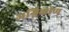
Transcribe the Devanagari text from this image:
अग्निकोण